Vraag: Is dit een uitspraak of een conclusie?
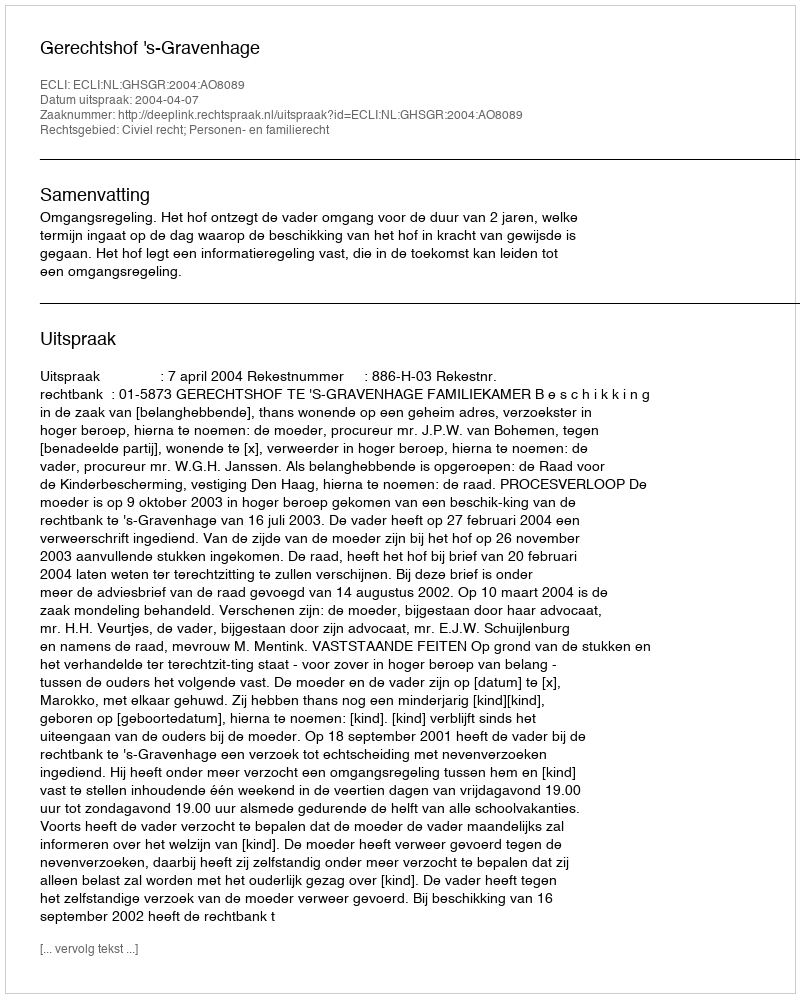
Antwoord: Uitspraak